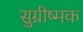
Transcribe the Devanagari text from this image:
सुग्रीष्मक